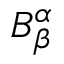
B _ { \beta } ^ { \alpha }